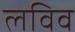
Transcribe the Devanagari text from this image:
लविव